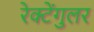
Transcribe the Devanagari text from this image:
रेक्टेंगुलर